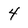
Character: 4